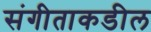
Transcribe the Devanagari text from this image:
संगीताकडील